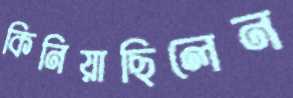
কিনিয়াছিলেন